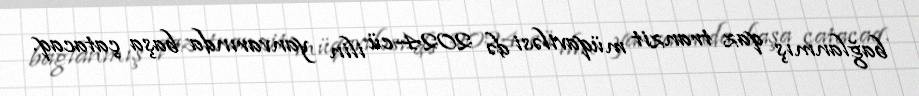
bağlanmış qaz tranzit müqaviləsi də 2024-cü ilin yanvarında başa çatacaq.